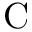
\mathrm { C }